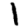
Digit: 1